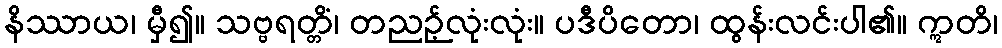
နိဿာယ၊ မှီ၍။ သဗ္ဗရတ္တိံ၊ တညဉ့်လုံးလုံး။ ပဒီပိတော၊ ထွန်းလင်းပါ၏။ ဣတိ၊